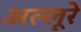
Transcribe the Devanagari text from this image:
अल्लूरे